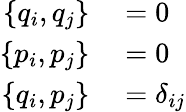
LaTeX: \begin{array}{rl}{\{ q_{i},q_{j}\} }&{{}=0}\\ {\{ p_{i},p_{j}\} }&{{}=0}\\ {\{ q_{i},p_{j}\} }&{{}=\delta_{ij}}\end{array}